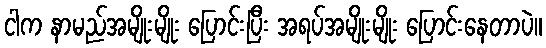
ငါက နာမည်အမျိုးမျိုး ပြောင်းပြီး အရပ်အမျိုးမျိုး ပြောင်းနေတာပဲ။